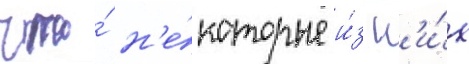
что́ н'е́которые и́з н'и́х